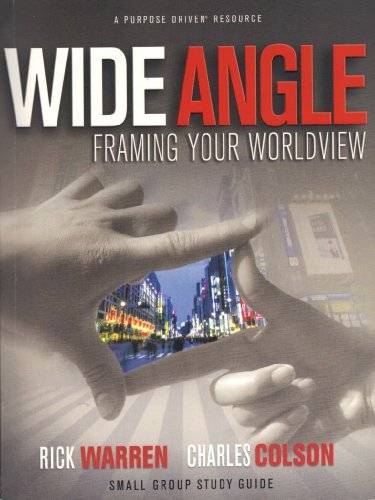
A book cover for Wide Angle Framing Your Worldview; Rick Warren; Crafts, Hobbies & Home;